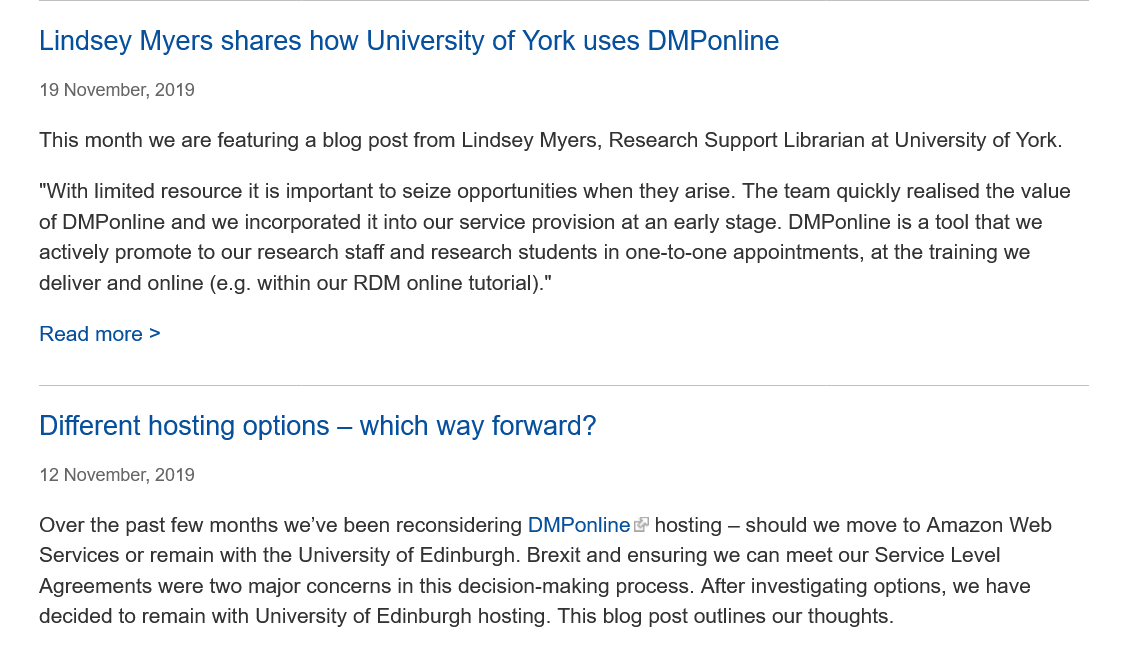
“With limited resource it is important to seize opportunities when they arise. The team quickly realised the value
    of DMPonline and we incorporated it into our service provision at an early stage. DMPonline is a tool that we
    actively promote to our research staff and research students in one-to-one appointments, at the training we
    deliver and online (e.g. within our RDM online tutorial)."
    Over the past few months we've been reconsidering DMPonline hosting —
     should we move to Amazon Web
    Services or remain with the University of Edinburgh. Brexit and ensuring we can meet our Service Level
    Agreements were two major concerns in this decision-making process. After investigating options, we have
    decided to remain with University of Edinburgh hosting. This blog post outlines our thoughts.
    12 November, 2019
    Different  hosting options  —
     which   way  forward?
    This month we are featuring a blog post from Lindsey Myers, Research Support Librarian at University of York.
    19 November, 2019
    Read  more >
    Lindsey   Myers  shares   how  University  of York  uses  DMPonline